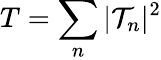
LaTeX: T=\sum_{n}|\mathcal{T}_{n}|^{2}